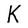
Character: K